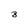
Character: 8